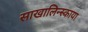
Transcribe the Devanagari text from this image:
साखालिन्स्काया